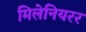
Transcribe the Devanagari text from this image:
मिलेनियरर